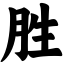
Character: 胜